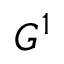
G ^ { 1 }